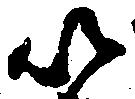
以